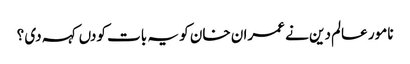
نامور عالم دین نے عمران خان کو یہ بات کودں کہہ دی ؟